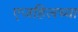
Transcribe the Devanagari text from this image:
एजहिलच्या